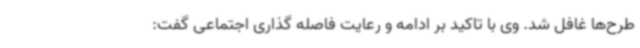
طرح‌ها غافل شد. وی با تاکید بر ادامه و رعایت فاصله گذاری اجتماعی گفت: